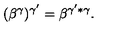
( \beta ^ { \gamma } ) ^ { \gamma ^ { \prime } } = \beta ^ { \gamma ^ { \prime } * \gamma } .